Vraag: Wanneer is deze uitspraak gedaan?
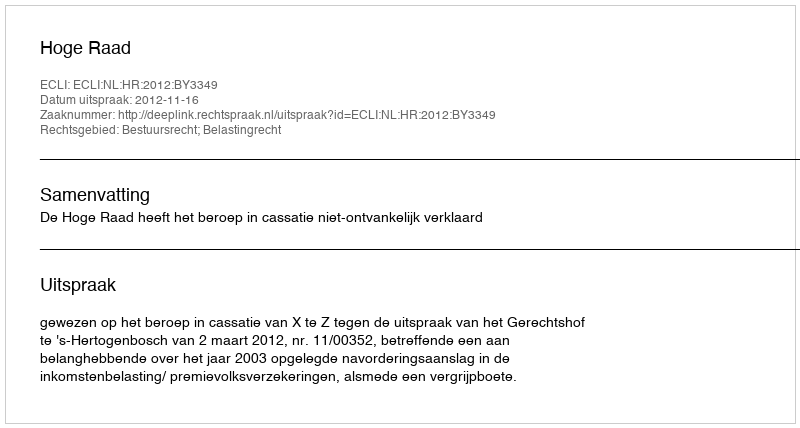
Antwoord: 2012-11-16